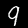
Label: 9